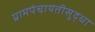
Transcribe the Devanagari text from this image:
ग्रामपंचायतीसुद्धा